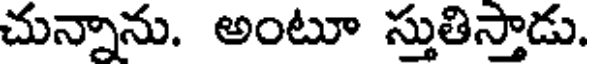
చున్నాను. అంటూ స్తుతిస్తాడు.